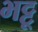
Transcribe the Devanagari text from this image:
भट्टू